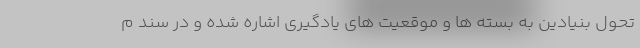
تحول بنیادین به بسته ها و موقعیت های یادگیری اشاره شده و در سند م